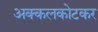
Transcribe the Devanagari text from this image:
अक्कलकोटकर